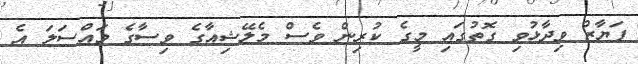
ފަޔާޒް ވިދާޅުވި ގޮތުގައި މީގެ ކުރިން ވެސް މެލޭޝިއާގެ ވިސާގެ މައްސަލަ އެ